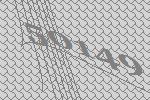
50149